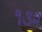
૧૩૨